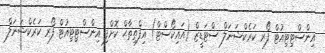
އިންސްޓިޓިއުޓް ފޯރ ކަރެކްޝަނަލް ސްޓަޑީޒް (އައިކޯސްޓް) އިފްތިތާޙް ކޮށްފި އިންސްޓިޓިއުޓް ފޯރ ކަރެކްޝަނަލް